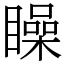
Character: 矂